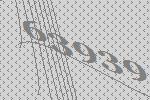
63939